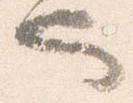
也